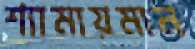
শ্যামায়মান